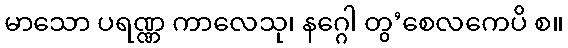
မာသော ပရဏ္ဏ ကာလေသု၊ နဂ္ဂေါ တွ’စေလကေပိ စ။